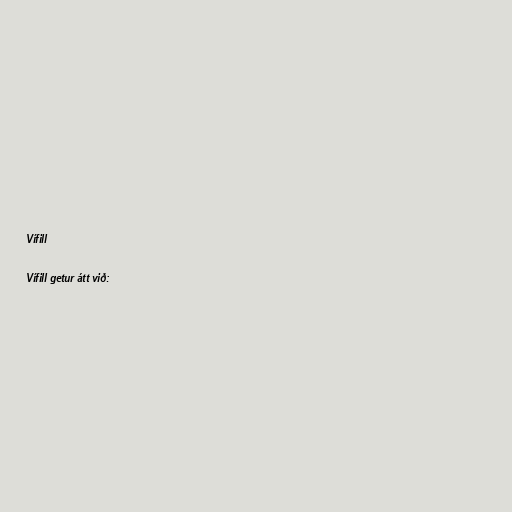
Vífill

Vífill getur átt við: